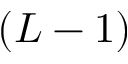
( L - 1 )